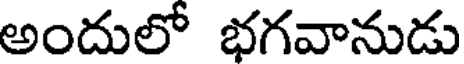
అందులో భగవానుడు